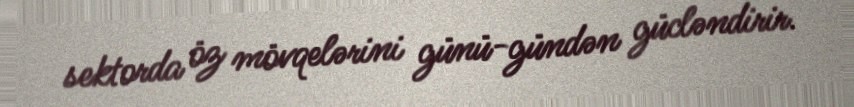
sektorda öz mövqelərini günü-gündən gücləndirir.